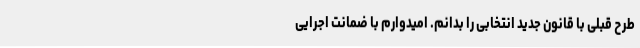
طرح قبلی با قانون جدید انتخابی را بدانم. امیدوارم با ضمانت اجرایی